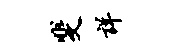
斐详